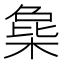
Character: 𣔵